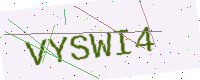
Text: VYSWI4